Jarvakandi_vallavalitsus, lk 23
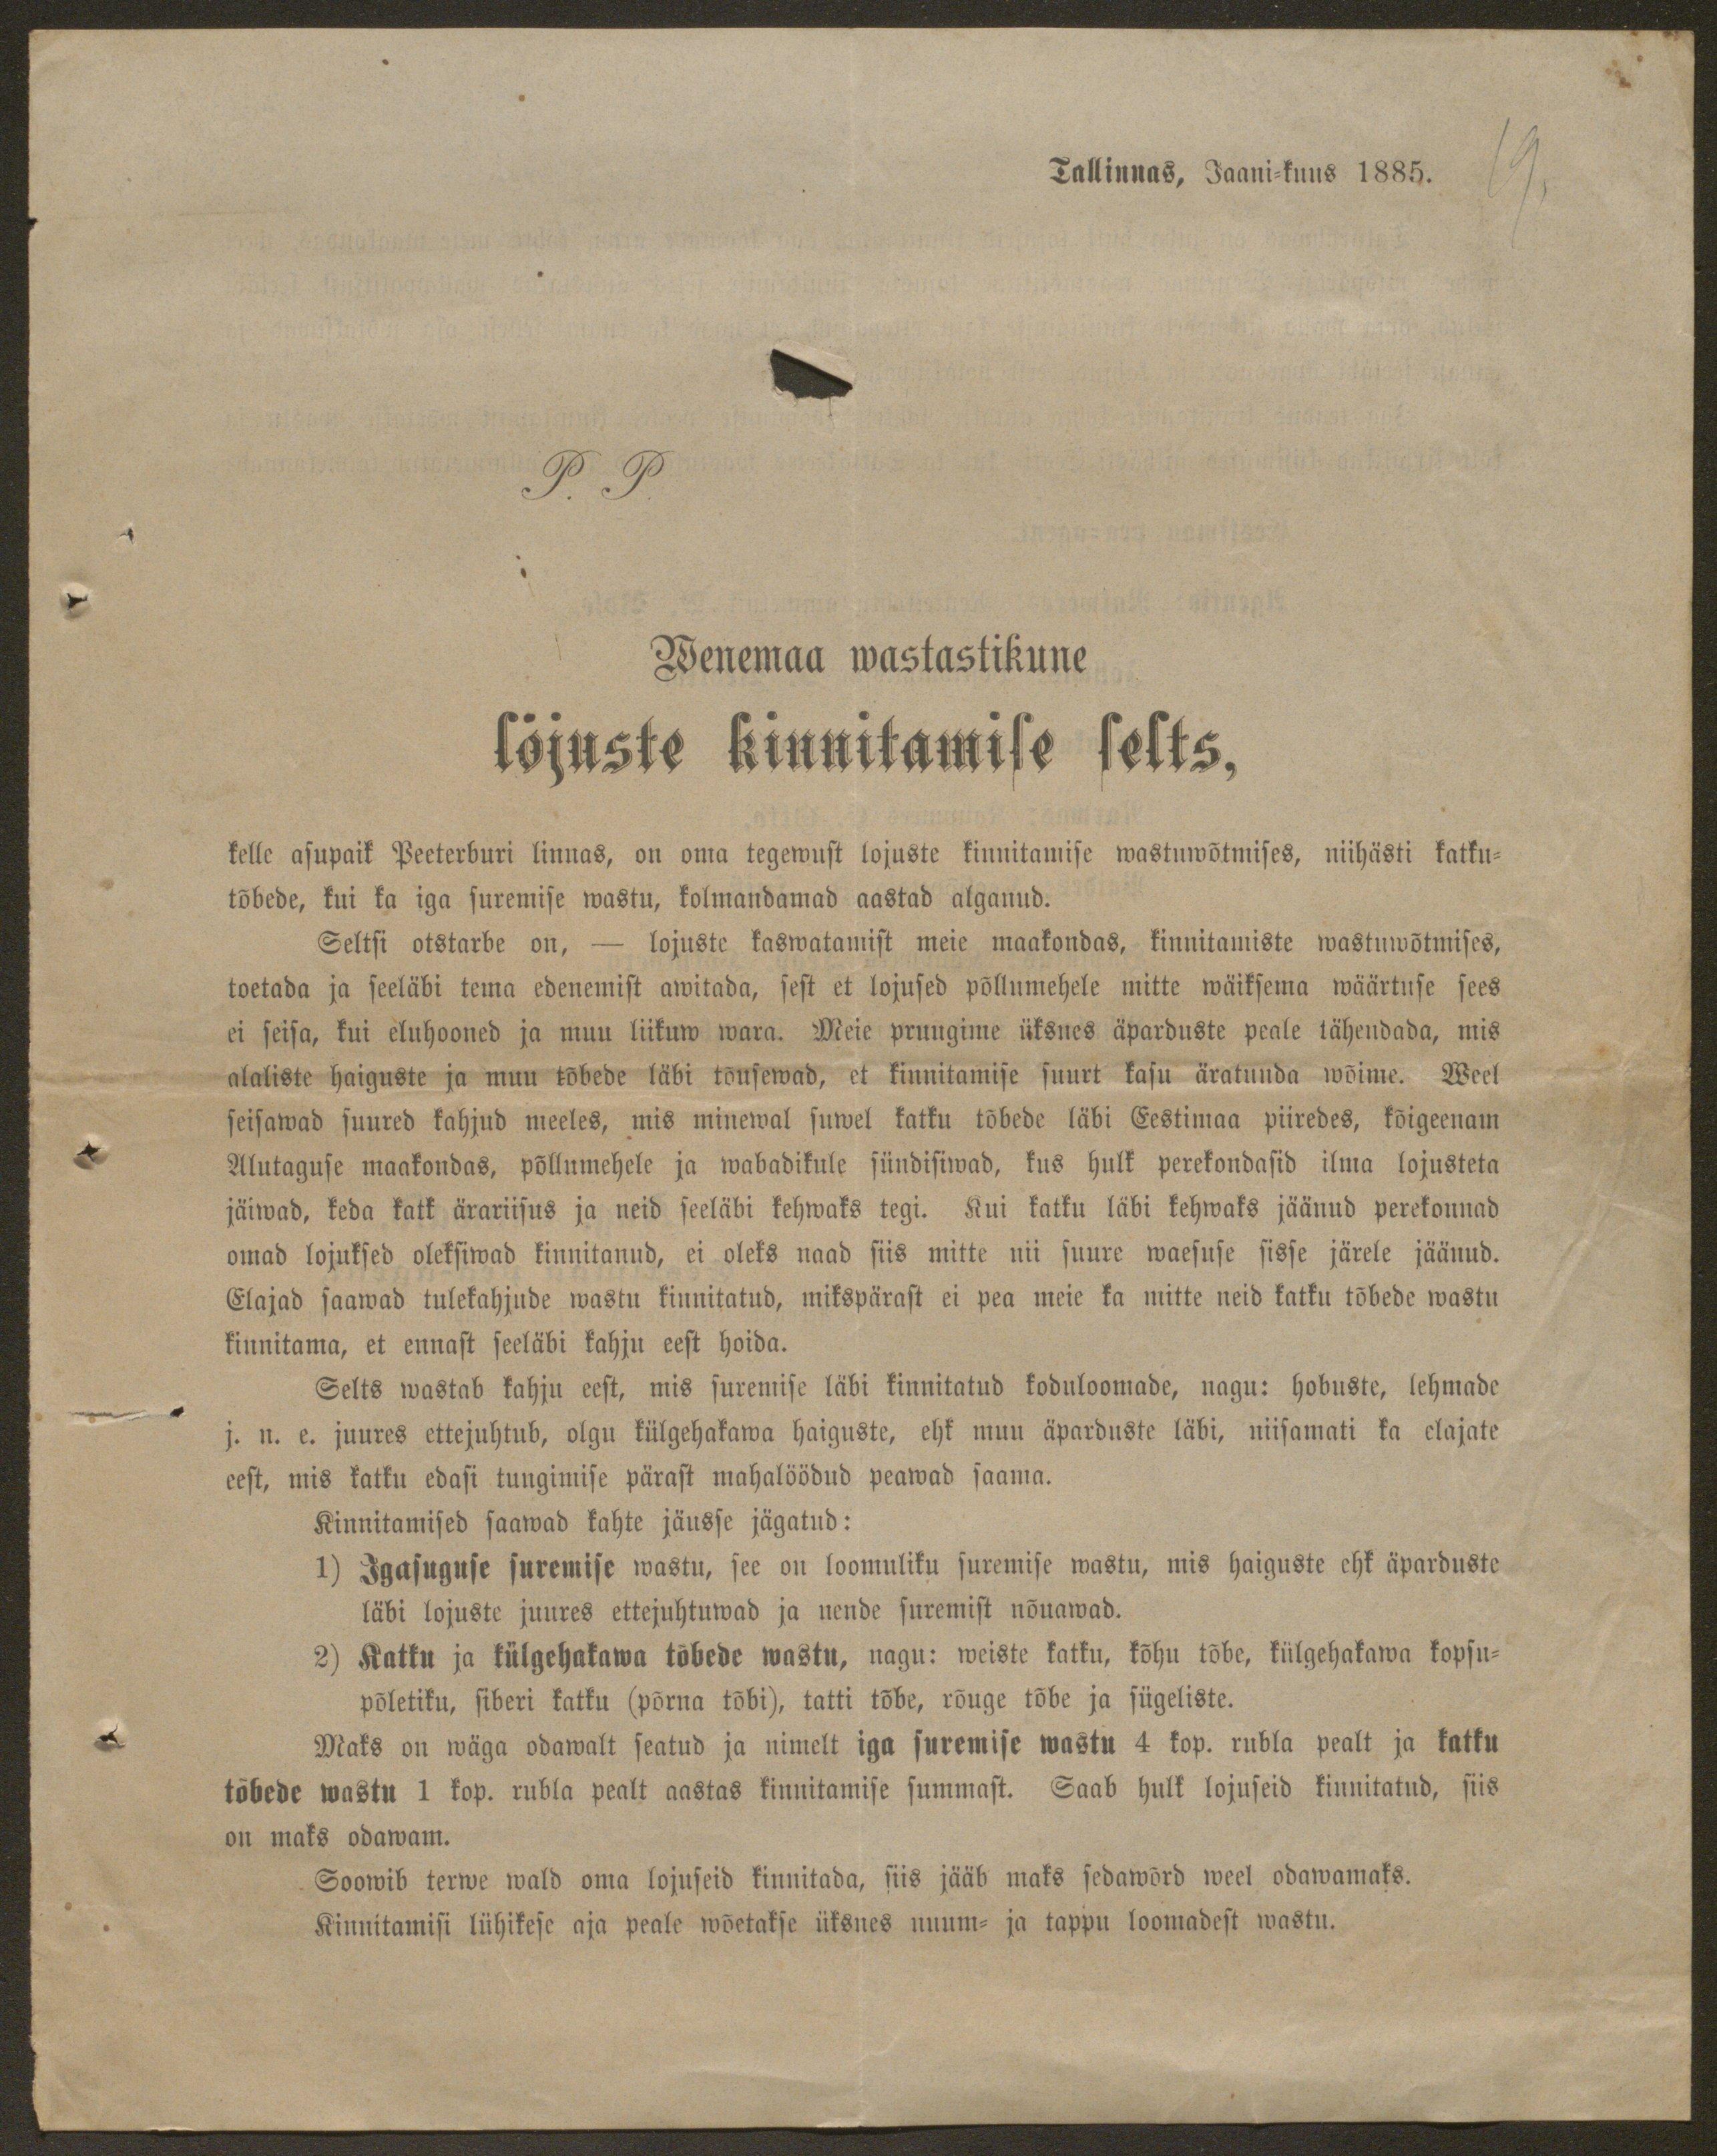
Tallinnas, Jaani-kuus 1885.

19.

P. P.
Wenemaa wastastikune
Lojuste kinnitamise selts,
kelle asupaik Peeterburi linnas, on oma tegewust lojuste kinnitamise wastawõtmises, niihästi katku-
tõbede, kui ka iga suremise wastu, kolmandamad aastad alganud.
Seltsi otstarbe on, - lojuste kaswatamist meie maakondas, kinnitamiste wastuwõtmises,
toetada ja seeläbi tema edenemist awitada, sest et lojused põllumehele mitte wäiksema wäärtuse sees
ei seisa, kui eluhooned ja muu liikuw wara. Meie pruugime üksnes äparduste peale tähendada, mis
alaliste haiguste ja muu tõbede läbi tõusewad, et kinnitamise suurt kasu äratunda wõime. Weel
seisawad suured kahjud meeles, mis minewal suwel katku tõbede läbi Eestimaa piiredes, kõigeenam
Alutaguse maakondas, põllumehele ja wabadikule sündisiwad, kus hulk perekondasid ilma lojusteta
jäiwad, keda katk ärariisus ja neid seeläbi kehwaks tegi. Kui katku läbi lehwaks jäänud perekonnad
omad lojuksed oleksiwad kinnitanud, ei oles naad siis mitte nii suure waesuse sisse järele jäänud.
Elajad saawad tulekahjude wastu kinnitatud, mikspärast ei pea meie ka mitte neid katku tõbede wastu
kinnitama, et ennast seeläbi kahju eest hoida.
Selts wastab kahju eest, mis suremise läbi kinnitatud koduloomade, nagu: hobuste, lehmade
j.n. e. juures ettejuhtub, olgu külgehakawa haiguste, ehk muu äparduste läbi, niisamati ka elajate
eest, mis katku edasi tungimise pärast mahalöödud peawad saama.
Kinnitamised saawad kahte jäusse jägatud:
1) Igasuguse surrmise wastu, see on loomuliku suremise wastu, mis haiguste ehk äparduste
läbi lojuste juures ettejuhtuwad ja nende suremist nõuawad.
2) Katku ja külgehakawa tõbede wastu, nagu: weiste katku, kõhu tõbe, külgehakawa kopsu-
põletiku, siberi katku (põrna tõbi), tatti tõbe, rõuge tõbe ja sügeliste.
Maks on wäga odawalt seatud ja nimelt iga suremise wastu 4 kop. rubla pealt ja katku
tõbede wastu 1 kop. rubla pealt aastas kinnitamise summast. Saab hulk lojuseid kinnitatud, siis
on maks odawam.
Soowib terwe wald oma lojuseid kinnitada, siis jääb maks sedawõrd weel odawamaks.
Kinnitamisi lühikese aja peale wõetakse üksnes nuum- ja tappu loomadest wastu.